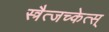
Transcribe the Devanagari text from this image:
स्त्रैत्जच्केत्स्